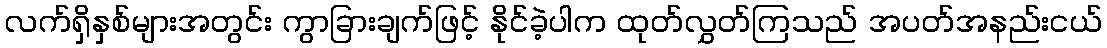
လက်ရှိနှစ်များအတွင်း ကွာခြားချက်ဖြင့် နိုင်ခဲ့ပါက ထုတ်လွှတ်ကြသည် အပတ်အနည်းငယ်